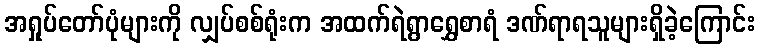
အရှုပ်တော်ပုံများကို လျှပ်စစ်ရုံးက အထက်ရဲရွာရွှေစာရံ ဒဏ်ရာရသူများရှိခဲ့ကြောင်း